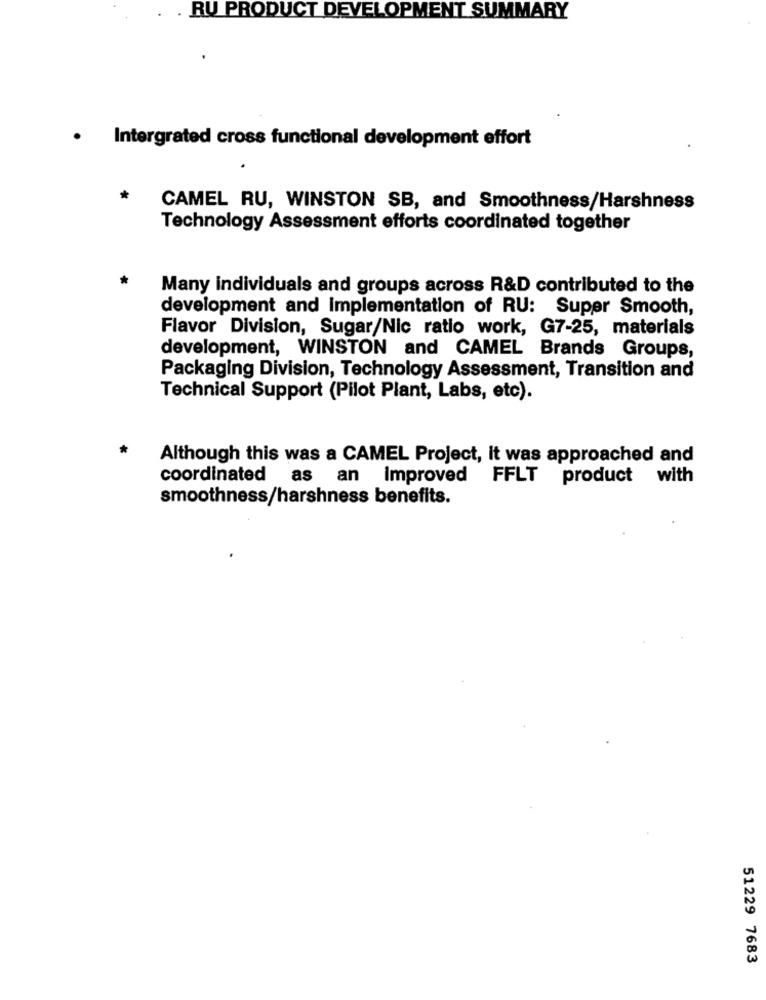
RU PRODUCT DEVELOPMENT SUMMARY
. Intergrated cross functional development effort
CAMEL RU, WINSTON SB, and Smoothness/Harshness
Technology Assessment efforts coordinated together
Many individuals and groups across R&D contributed to the
development and implementation of RU: Super Smooth,
Flavor Division, Sugar/Nic ratio work, G7-25, materials
development, WINSTON and CAMEL Brands Groups,
Packaging Division, Technology Assessment, Transition and
Technical Support (Pilot Plant, Labs, etc).
*
Although this was a CAMEL Project, it was approached and
coordinated
as an Improved FFLT
product with
smoothness/harshness benefits.
51229 7683